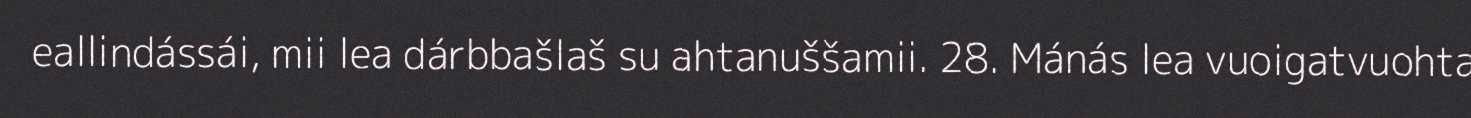
eallindássái, mii lea dárbbašlaš su ahtanuššamii. 28. Mánás lea vuoigatvuohta